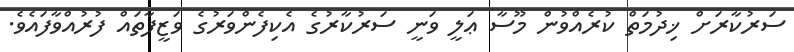
ސަރުކާރަށް ޚިދުމަތް ކުރެއްވުން މޫސާ ޢަލީ ވަނީ ސަރުކާރުގެ އެކިފެންވަރުގެ ވަޒީފާތައް ފުރުއްވާފައެވެ.